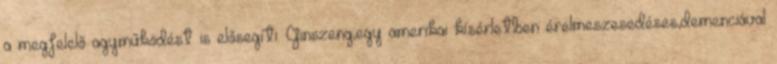
a megfelelő agyműködést is elősegíti. Ginszeng;egy amerikai kísérletben érelmeszesedéses,demenciával